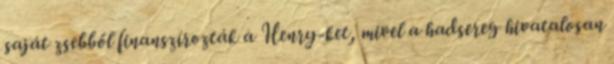
saját zsebből finanszírozták a Henry-ket, mivel a hadsereg hivatalosan